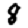
Digit: 8